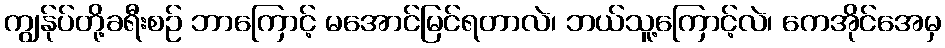
ကျွန်ုပ်တို့ခရီးစဉ် ဘာကြောင့် မအောင်မြင်ရတာလဲ၊ ဘယ်သူ့ကြောင့်လဲ၊ ကေအိုင်အေမှ